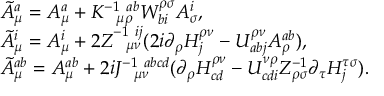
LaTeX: \begin{array} { l l } { { } } & { { \tilde { A } _ { \mu } ^ { a } = A _ { \mu } ^ { a } + K _ { ~ ~ \mu \rho } ^ { - 1 \ a b } W _ { b i } ^ { \rho \sigma } A _ { \sigma } ^ { i } , } } \\ { { } } & { { \tilde { A } _ { \mu } ^ { i } = A _ { \mu } ^ { i } + 2 Z _ { ~ ~ \mu \nu } ^ { - 1 \ i j } ( 2 i \partial _ { \rho } { \cal H } _ { j } ^ { \rho \nu } - U _ { a b j } ^ { \rho \nu } A _ { \rho } ^ { a b } ) , } } \\ { { } } & { { \tilde { A } _ { \mu } ^ { a b } = A _ { \mu } ^ { a b } + 2 i J _ { ~ ~ \mu \nu } ^ { - 1 \ a b c d } ( \partial _ { \rho } { \cal H } _ { c d } ^ { \rho \nu } - U _ { c d i } ^ { \nu \rho } Z _ { \rho \sigma } ^ { - 1 \ij } \partial _ { \tau } { \cal H } _ { j } ^ { \tau \sigma } ) . } } \end{array}